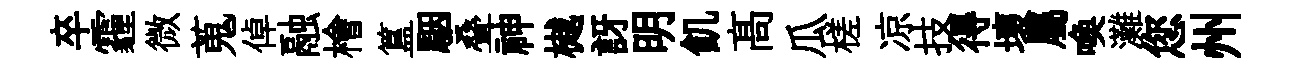
卒霾微蒐倬融檜簋駰叠神樾訝明飢髙瓜槎凉技得壞屬喚灘您州